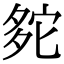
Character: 𡖟